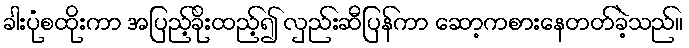
ခါးပုံစထိုးကာ အပြည့်ခိုးထည့်၍ လှည်းဆီပြန်ကာ ဆော့ကစားနေတတ်ခဲ့သည်။